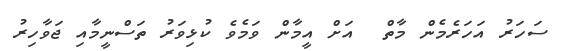
ސަހަރު އަހަރެމެން މާތް  އަށް އީމާން ވަމެވެ ކުޅިވަރު ތަސްނީމާއި ޖަވާހިރު